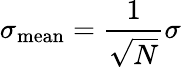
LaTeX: \sigma_{\mathrm{mean}}={\frac{1}{\sqrt{N}}}\sigma